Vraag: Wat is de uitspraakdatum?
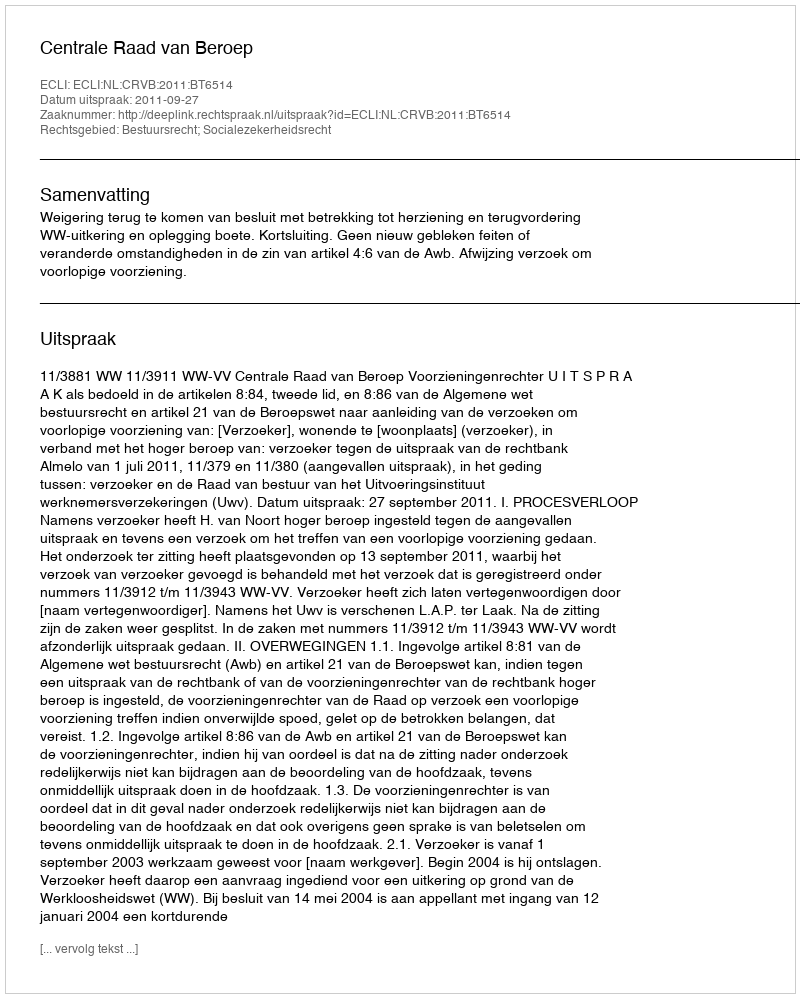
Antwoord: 2011-09-27